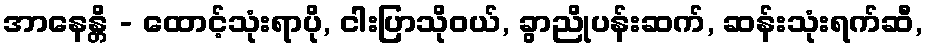
အာနေန္တိ - ထောင့်သုံးရာပို, ငါးပြာသိုဝယ်, ခွာညိုပန်းဆက်, ဆန်းသုံးရက်ဆီ,